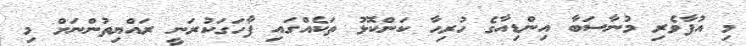
މި އުފާވެރި މުނާސަބާ އިންޑިއާގެ ހުރިހާ ކަންކޮޅު ތަކެއްގައި ފާހަގަކުރަނީ ރައްޔިތުންނަށް މި